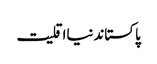
پاکستاندنیااقلیت